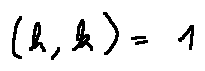
( h , k ) = 1